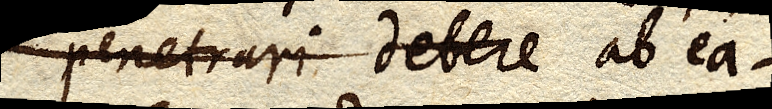
penetrari debere ab ea–